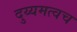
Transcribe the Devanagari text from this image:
दुय्यमत्वच